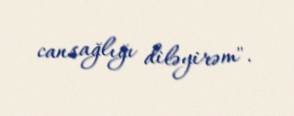
cansağlığı diləyirəm".